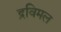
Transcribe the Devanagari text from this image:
द्रविमल